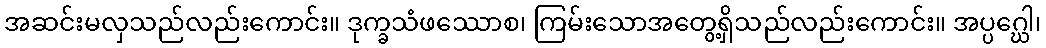
အဆင်းမလှသည်လည်းကောင်း။ ဒုက္ခသံဖဿောစ၊ ကြမ်းသောအတွေ့ရှိသည်လည်းကောင်း။ အပ္ပဂ္ဃေါ၊